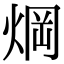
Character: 焵